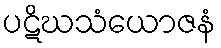
ပဋိဃသံယောဇနံ